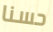
حسنا